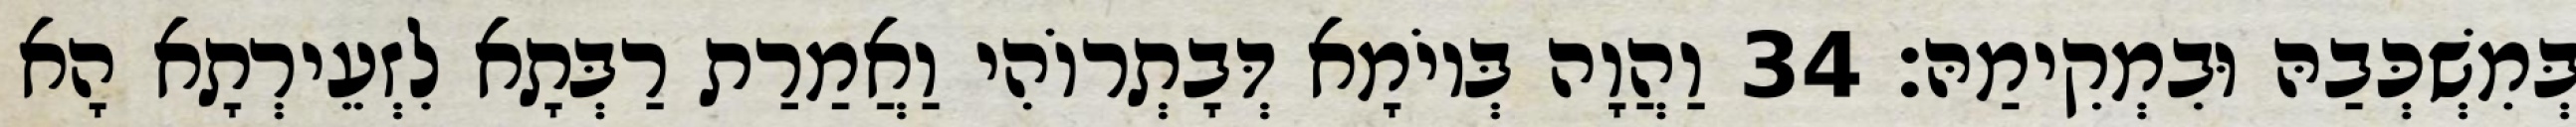
בְּמִשְׁכְּבַהּ וּבִמְקִימַהּ׃ 34 וַהֲוָה בְּיוֹמָא דְּבָתְרוֹהִי וַאֲמַרַת רַבְּתָא לִזְעֵירְתָא הָא